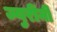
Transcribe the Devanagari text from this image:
ज्युरींनी